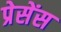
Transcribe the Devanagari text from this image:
प्रेसेंस